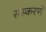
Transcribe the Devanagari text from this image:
संस्करणें